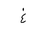
Letter: _gayn